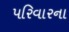
પરિવારના